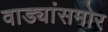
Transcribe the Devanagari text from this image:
वाड्यांसमोर